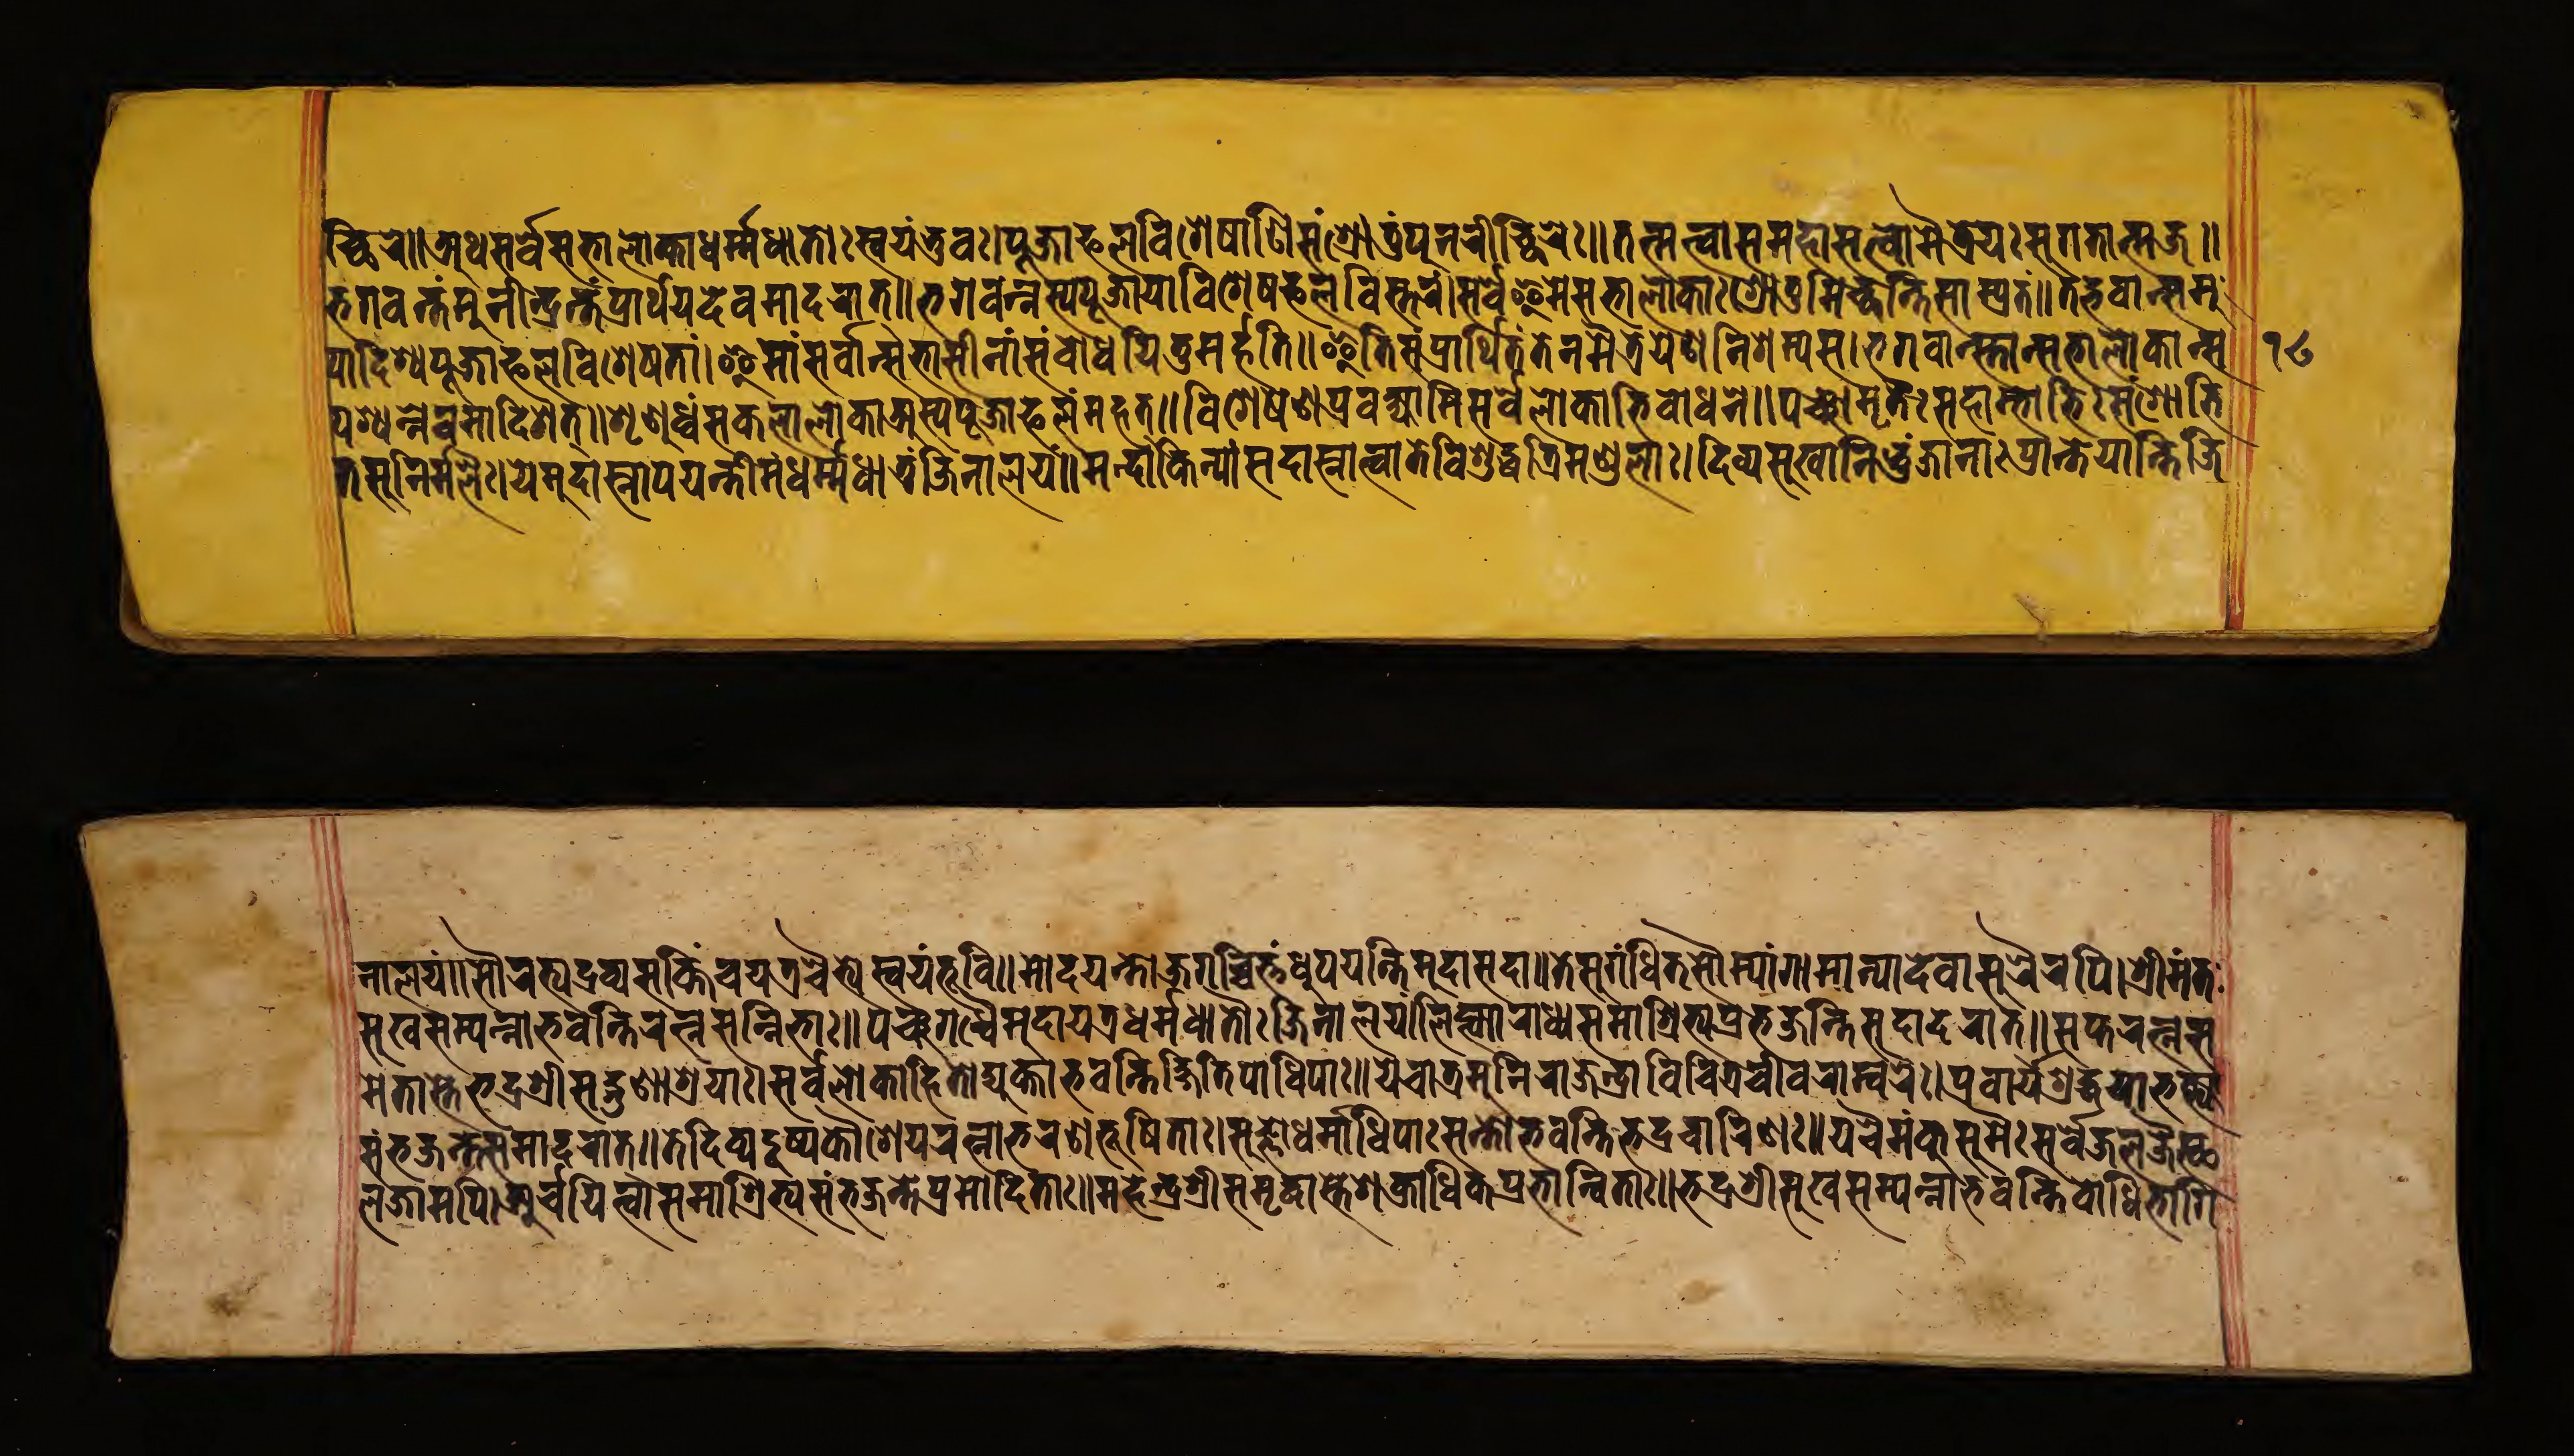
𑐔𑑂𑐕𑐶𑐬𑐾॥𑐀𑐠𑐳𑐬𑑂𑐰𑑂𑐰𑐾𑐳𑐨𑐵𑐮𑑀𑐎𑐵𑐢𑐬𑑂𑐩𑑂𑐩𑐢𑐵𑐟𑑀𑑅𑐳𑑂𑐰𑐫𑐩𑑂𑐨𑐸𑐰𑑅।𑐥𑐹𑐖𑐵𑐦𑐮𑐰𑐶𑐱𑐾𑐲𑐵𑐞𑐶𑐳𑑄𑐱𑑂𑐬𑑀𑐟𑐸𑑄𑐥𑐸𑐣𑐬𑐷𑐔𑑂𑐕𑐶𑐬𑐾𑑅॥𑐟𑐣𑑂𑐩𑐟𑑂𑐰𑐵𑐳𑐩𑐴𑐵𑐳𑐟𑑂𑐟𑑂𑐰𑑀𑐩𑐿𑐟𑑂𑐬𑐾𑐫𑑅𑐳𑐸𑐐𑐟𑐵𑐟𑑂𑐩𑐖॥ 𑐨𑐐𑐰𑐣𑑂𑐟𑑄𑐩𑐸𑐣𑐷𑐣𑑂𑐡𑑂𑐬𑐣𑑂𑐟𑑄𑐥𑑂𑐬𑐵𑐬𑑂𑐠𑐫𑐡𑐾𑐰𑐩𑐵𑐣𑐟𑑅॥𑐨𑐐𑐰𑐣𑑂𑐣𑐳𑑂𑐫𑐥𑐹𑐖𑐵𑐫𑐵𑐰𑐶𑐱𑐾𑐲𑐦𑐮𑐰𑐶𑐳𑑂𑐟𑐬𑑄।𑐳𑐬𑑂𑐰𑑂𑐰𑐾𑐂𑐩𑐾𑐳𑐨𑐵𑐮𑑀𑐎𑐵𑑅𑐱𑑂𑐬𑑀𑐟𑐸𑐩𑐶𑐔𑑂𑐕𑐣𑑂𑐟𑐶𑐳𑐵𑐩𑑂𑐥𑑂𑐬𑐟𑑄॥𑐟𑐡𑑂𑐨𑐐𑐰𑐵𑐣𑑂𑐳𑐩𑐸 𑐥𑐵𑐡𑐶𑐱𑑂𑐫𑐥𑐹𑐖𑐵𑐦𑐮𑐰𑐶𑐱𑐾𑐲𑐟𑐵𑑄।𑐂𑐩𑐵𑑄𑐳𑐬𑑂𑐰𑐵𑐣𑑂𑐳𑐨𑐵𑐳𑐷𑐣𑐵𑑄𑐳𑑄𑐧𑑀𑐢𑐫𑐶𑐟𑐸𑐩𑐬𑑂𑐴𑐟𑐶॥𑐂𑐟𑐶𑐳𑑄𑐥𑑂𑐬𑐵𑐬𑑂𑐠𑐶𑐟𑑄𑐟𑐾𑐣𑐩𑐿𑐟𑑂𑐬𑐾𑐫𑐾𑐞𑐣𑐶𑐱𑐩𑑂𑐫𑐳।𑐨𑐐𑐰𑐵𑐣𑑂𑐳𑑂𑐟𑐵𑐣𑑂𑐳𑐨𑐵𑐮𑑀𑐎𑐵𑐣𑑂𑐳 𑐥𑐱𑑂𑐫𑐣𑐿𑐰𑐩𑐵𑐡𑐶𑐱𑐟𑑂॥𑐱𑐺𑐞𑐸𑐢𑑂𑐰𑑄𑐳𑐎𑐮𑐵𑐮𑑀𑐎𑐵𑐀𑐳𑑂𑐫𑐥𑐹𑐖𑐵𑐦𑐮𑑄𑐩𑐴𑐟𑑂॥𑐰𑐶𑐱𑐾𑐲𑐾𑐞𑐥𑑂𑐬𑐰𑐎𑑂𑐲𑑂𑐫𑐵𑐩𑐶𑐳𑐬𑑂𑐰𑐾𑐮𑑀𑐎𑐵𑐨𑐶𑐧𑑀𑐢𑐣𑐾॥𑐥𑐘𑑂𑐔𑐵𑐩𑐺𑐟𑐿𑑅𑐳𑐴𑐵𑐩𑑂𑐨𑑀𑐨𑐶𑑅𑐳𑑄𑐱𑑀𑐨𑐶 𑐟𑐳𑐸𑐣𑐶𑐬𑑂𑐩𑑂𑐩𑐮𑐿𑑅।𑐫𑐾𑐩𑐸𑐡𑐵𑐳𑑂𑐣𑐵𑐥𑐫𑐣𑑂𑐟𑐶𑐩𑑄𑐢𑐬𑑂𑐩𑑂𑐩𑐢𑐵𑐟𑐸𑑄𑐖𑐶𑐣𑐵𑐮𑐫𑑄॥𑐩𑐣𑑂𑐡𑐵𑐎𑐶𑐣𑑂𑐫𑐵𑑄𑐳𑐡𑐵𑐳𑑂𑐣𑐵𑐟𑑂𑐰𑐵𑐟𑐾𑐰𑐶𑐱𑐸𑐡𑑂𑐢𑐟𑑂𑐬𑐶𑐩𑐞𑑂𑐜𑐮𑐵𑑅।𑐡𑐶𑐰𑑂𑐫𑐳𑐸𑐏𑐵𑐣𑐶𑐨𑐸𑑄𑐖𑐵𑐣𑑀𑐥𑑂𑐬𑐵𑐣𑑂𑐟𑐾𑐫𑐵𑐣𑑂𑐟𑐶𑐖𑐶 𑐣𑐵𑐮𑐫𑑄॥𑐳𑑁𑐬𑐨𑑂𑐫𑐡𑑂𑐬𑐰𑑂𑐫𑐳𑑄𑐫𑐸𑐎𑑂𑐟𑐶𑐫𑐟𑑂𑐬𑐔𑐿𑐟𑑂𑐫𑐿𑐳𑑂𑐰𑐫𑐩𑑂𑐨𑐸𑐰𑐶॥𑐩𑑀𑐡𑐫𑐣𑑂𑐟𑑀𑐖𑐐𑐔𑑂𑐔𑐶𑐟𑑂𑐟𑑄𑐢𑐹𑐥𑐫𑐣𑑂𑐟𑐶𑐩𑐸𑐡𑐵𑐳𑐡𑐵॥𑐟𑐾𑐳𑐸𑐐𑑄𑐢𑐶𑐟𑐳𑑁𑐩𑑂𑐫𑐵𑐒𑑂𑐐𑐵𑐩𑐵𑐣𑑂𑐫𑐵𑐡𑐾𑐰𑐵𑐳𑐸𑐬𑐿𑐬𑐥𑐶।𑐱𑑂𑐬𑐷𑐩𑐣𑑂𑐟𑑅 𑐳𑐸𑐳𑑂𑐰𑐳𑑄𑐥𑐣𑑂𑐣𑐵𑐨𑐰𑐣𑑂𑐟𑐶𑐬𑐟𑑂𑐣𑐳𑐣𑑂𑐣𑐶𑐨𑐵𑑅॥𑐥𑐘𑑂𑐔𑐐𑐣𑑂𑐢𑐿𑐬𑑂𑐩𑐸𑐡𑐵𑐫𑐟𑑂𑐬𑐢𑐬𑑂𑐩𑑂𑐩𑐢𑐵𑐟𑑀𑐖𑐶𑐣𑐵𑐮𑐫𑐾।𑐮𑐶𑐥𑑂𑐟𑐵𑐬𑐵𑐢𑑂𑐫𑐳𑐩𑐵𑐱𑑂𑐬𑐶𑐟𑑂𑐫𑐥𑑂𑐬𑐨𑐖𑐣𑑂𑐟𑐶𑐳𑐡𑐵𑐡𑐬𑐵𑐟𑑂॥𑐳𑐥𑑂𑐟𑐬𑐟𑑂𑐣𑐳 𑐩𑐾𑐟𑐵𑐳𑑂𑐟𑐾𑐨𑐡𑑂𑐬𑐱𑑂𑐬𑐷𑐳𑐡𑑂𑐐𑐸𑐞𑐵𑐱𑑂𑐬𑐫𑐵𑑅।𑐳𑐬𑑂𑐰𑑂𑐰𑐾𑐮𑑀𑐎𑐵𑐴𑐶𑐟𑑀𑐡𑑂𑐫𑐸𑐎𑑂𑐟𑐵𑐨𑐰𑐣𑑂𑐟𑐶𑐎𑑂𑐲𑐶𑐟𑐶𑐥𑐵𑐢𑐶𑐥𑐵𑑅॥𑐫𑐾𑐔𑐵𑐟𑑂𑐬𑐩𑐸𑐣𑐶𑐬𑐵𑐖𑐾𑐣𑑂𑐡𑑂𑐬𑐵𑐰𑐶𑐔𑐶𑐟𑑂𑐬𑐔𑐷𑐰𑐬𑐵𑐩𑑂𑐧𑐬𑐿𑑅।𑐥𑑂𑐬𑐰𑐵𑐬𑑂𑐫𑐱𑑂𑐬𑐡𑑂𑐢𑐫𑐵𑐨𑐎𑑂𑐟𑑂𑐫𑐵 𑐳𑑄𑐨𑐖𑐣𑑂𑐟𑐾𑐳𑐩𑐵𑐡𑐬𑐵𑐟𑑂॥𑐟𑐾𑐡𑐶𑐰𑑂𑐫𑐡𑐺𑐲𑑂𑐫𑐎𑑁𑐱𑐾𑐫𑐬𑐟𑑂𑐣𑐵𑐨𑐬𑐞𑐨𑐹𑐲𑐶𑐟𑐵𑑅।𑐳𑐸𑐖𑑂𑐘𑐵𑐢𑐬𑑂𑐩𑐵𑐢𑐶𑐥𑐵𑑅𑐳𑐣𑑂𑐟𑑀𑐨𑐰𑐣𑑂𑐟𑐶𑐨𑐡𑑂𑐬𑐔𑐵𑐬𑐶𑐞𑑅॥𑐫𑐾𑐔𑐿𑐩𑑄𑐎𑐸𑐳𑐸𑐩𑐿𑑅𑐳𑐬𑑂𑐰𑑂𑐰𑐿𑐖𑐮𑐖𑐿𑐳𑑂𑐠 𑐮𑐖𑐿𑐬𑐥𑐶।𑐀𑐬𑑂𑐔𑑂𑐔𑐫𑐶𑐟𑑂𑐰𑐵𑐳𑐩𑐵𑐱𑑂𑐬𑐶𑐟𑑂𑐫𑐳𑑄𑐨𑐖𑐣𑑂𑐟𑐾𑐥𑑂𑐬𑐩𑑀𑐡𑐶𑐟𑐵𑑅॥𑐩𑐴𑐷𑐣𑑂𑐡𑑂𑐬𑐱𑑂𑐬𑐷𑐳𑐩𑐺𑐡𑑂𑐢𑐵𑐳𑑂𑐟𑐾𑐱𑐎𑑂𑐬𑐵𑐢𑐶𑐎𑐥𑑂𑐬𑐨𑐵𑐣𑑂𑐰𑐶𑐟𑐵𑑅॥𑐨𑐡𑑂𑐬𑐱𑑂𑐬𑐷𑐳𑐸𑐏𑐳𑑄𑐥𑐣𑑂𑐣𑐵𑐨𑐰𑐣𑑂𑐟𑐶𑐧𑑀𑐢𑐶𑐨𑐵𑐐𑐶 𑑑𑑘